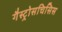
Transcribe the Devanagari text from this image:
गैस्ट्रोसचिसिस